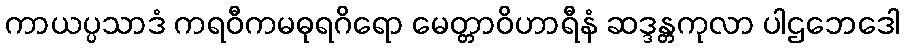
ကာယပ္ပသာဒံ ကရဝီကမဓုရဂိရော မေတ္တာဝိဟာရီနံ ဆဒ္ဒန္တကုလာ ပါဌဘေဒေါ